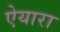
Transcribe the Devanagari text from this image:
ऐयारा